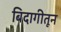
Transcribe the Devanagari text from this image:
बिदागीतून